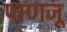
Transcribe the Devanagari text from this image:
पाणजू